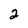
Character: 2